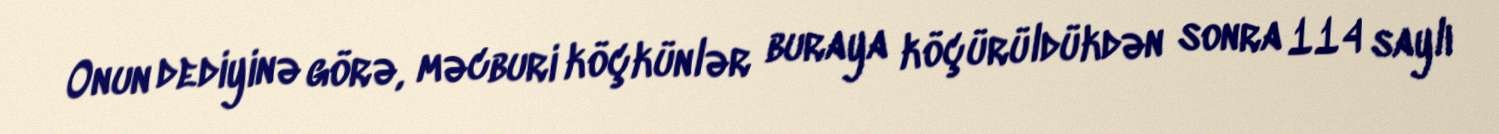
Onun dediyinə görə, məcburi köçkünlər buraya köçürüldükdən sonra 114 saylı